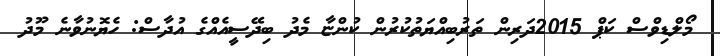
މޯލްޑިވްސް ކަޕް 2015ދަރިން ތަރުބިއްޔަތުކުރުން ކުންޏާ މެދު ބިދޭސީއެއްގެ އުދާސް: ހެޔޮނުވާނެ މޫދު